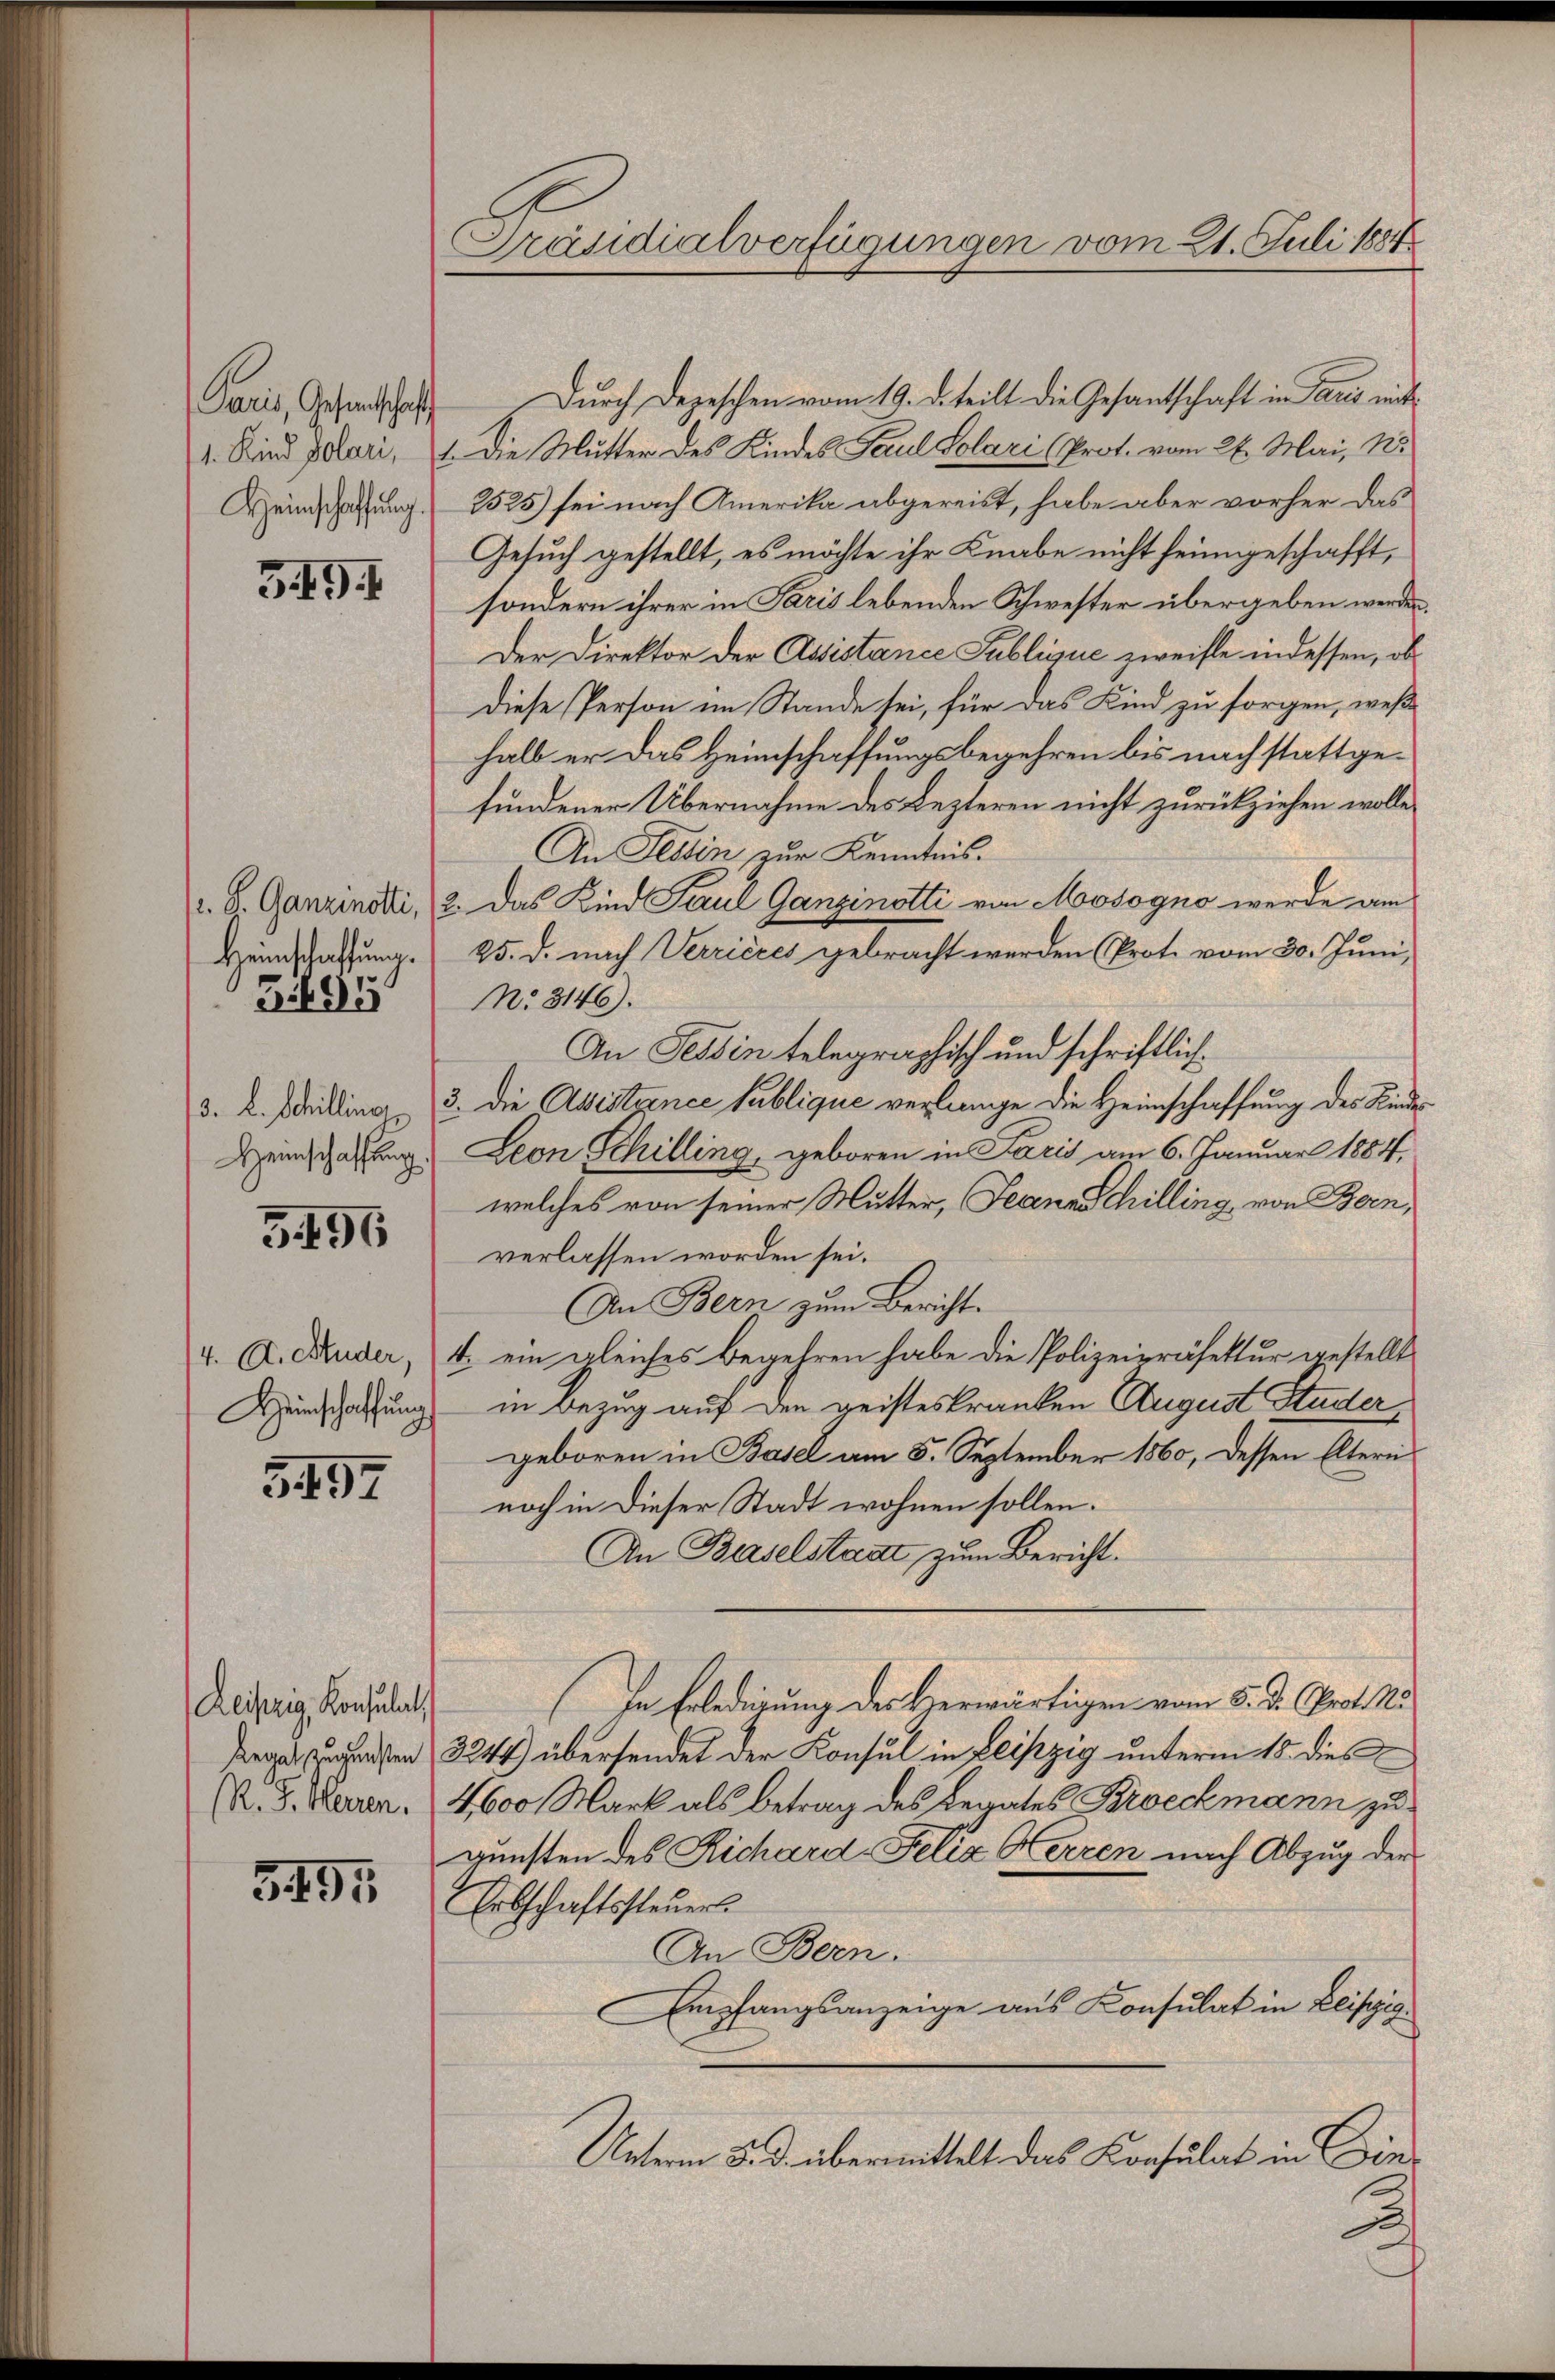
Paris, Gesandtschaft
Heinschaffung.

349. I

Heimschaffung.
Zi95

3. b. Schilling

5496

5497

Leipzig, Konsulat
Regal zugensten
R. J. Herren.

3491

Präsidialverfügungen vom 21. Juli 1884

Durch Depeschen vom 19. d. teilt die Gesantschaft in Paris mit¬
1. Sind potari, 1. Die Mutter des Kindes Paul Solari (Prot. vom 26. Mai, N.
2525) sei nach Amerika abgereist, habe aber vorher das
Gesuch gestellt, es möchte ihr Knabe nicht heimgeschafft,
sondern ihrer in Paris lebenden Schwester übergeben werden.
Der Direktor der Assistance Publique zweifle in dessen, obdiese Person im Stande sei, für das Kind zu sorgen, weßhalb er das Heimschaffungsbegehren bis nach stattgefundener Übernahme des Lezteren nicht zurückziehen wolle.
An Festin zur Kenntnis.
r. S. Ganzenodi, 2. Das Kind Paul Ganzinotti von Moosogno werde am
25. d. nach Verzieres gebracht werden (Prote vom 30. Juni,
No. 3146).
An Tessin telegraphisch und schriftlich¬
3. Die Avistence Publique verlange die Heimschaffung des Kinder
Henzahlung. Leon Schilling, geboren in Paris am 6. Januar 1884,
welches von seiner Mutter, Jeann Schilling, von Bern,
verlassen worden sei.
An Bern zum Bericht.
4. A. Ruder, 4 ein gleiches Begehren habe die Polizeipräsektur gestellt
Hinschaffung in Bezug auf den geisteskranken August Studer,
geboren in Basel am 5. September 1860, dessen Eltern
noch in dieser Stadt wohnen sollen.
An Baselstaat zum Bericht.
In Erledigung des Verwärtigen vom 5. d. Prot. Na
3244) übersendet der Konsul in Leipzig unterm 15. dies
4600 Mark als Betrag des Legates Brockmann zu
gunsten des Richard-Felix Kerren nach Abzug der
Erbschaftssteuer
An Bern.
Empfangsanzeige aus Konsulat in Leipzig.
Unterm 5. d. übermittelt das Konsulat in Dine